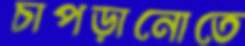
চাপড়ানোতে